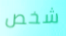
شخص